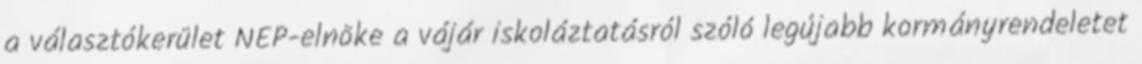
a választókerület NEP-elnöke a vájár iskoláztatásról szóló legújabb kormányrendeletet